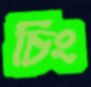
চিং